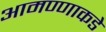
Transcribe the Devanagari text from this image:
आमण्णाकडे